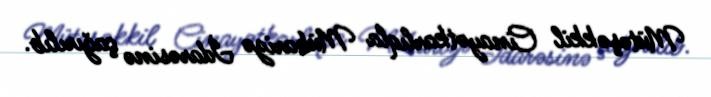
Mütəşəkkil Cinayətkarlıqla Mübarizə İdarəsinə çağırılıb.